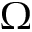
\Omega